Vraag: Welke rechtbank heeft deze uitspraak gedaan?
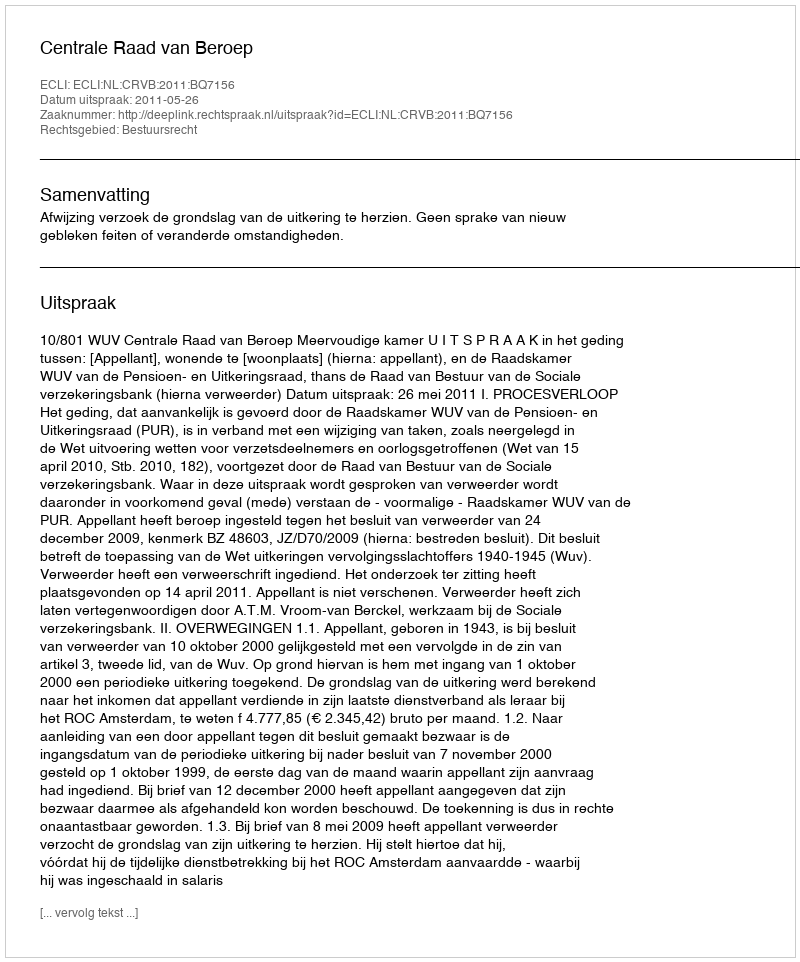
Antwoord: Centrale Raad van Beroep